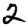
Digit: 2